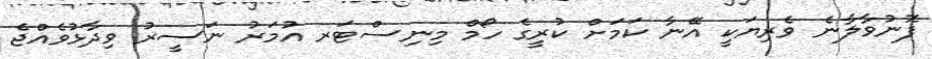
ފޮނުވާލާނެ ވެރިޔަކީ އޭނާ ކަމަށް ކުރީގެ ހޯމް މިނިސްޓަރ އުމަރު ނަސީރު ވިދާޅުވެއްޖެ